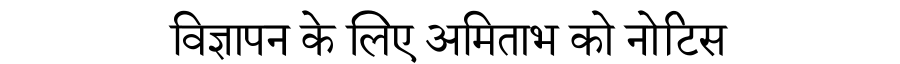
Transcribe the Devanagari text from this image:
विज्ञापन के लिए अमिताभ को नोटिस